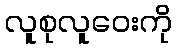
လူစုလူဝေးကို